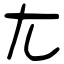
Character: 尢